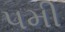
પમી